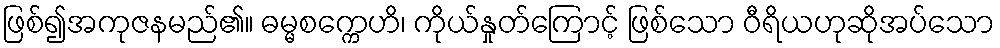
ဖြစ်၍အကုဇနမည်၏။ ဓမ္မစက္ကေဟိ၊ ကိုယ်နှုတ်ကြောင့် ဖြစ်သော ဝီရိယဟုဆိုအပ်သော